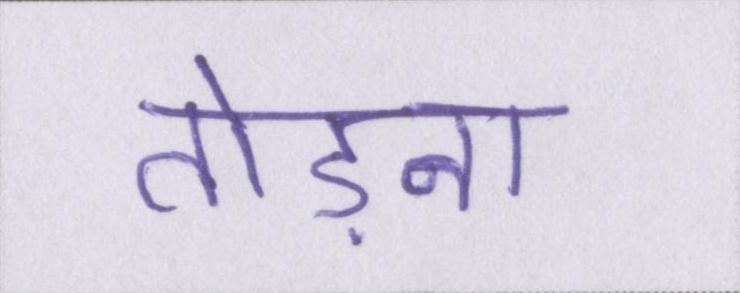
तोड़ना